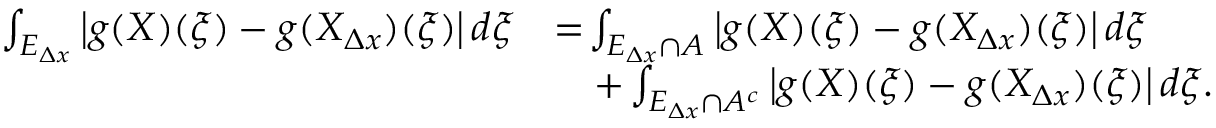
\begin{array} { r l } { \int _ { E _ { \Delta x } } \left| g ( X ) ( \xi ) - g ( X _ { \Delta x } ) ( \xi ) \right| d \xi } & { = \! \int _ { E _ { \Delta x } \cap A } \left| g ( X ) ( \xi ) - g ( X _ { \Delta x } ) ( \xi ) \right| d \xi } \\ & { \quad + \int _ { E _ { \Delta x } \cap A ^ { c } } \left| g ( X ) ( \xi ) - g ( X _ { \Delta x } ) ( \xi ) \right| d \xi . } \end{array}